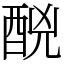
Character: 䣴